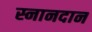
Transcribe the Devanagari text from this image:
स्नानदान